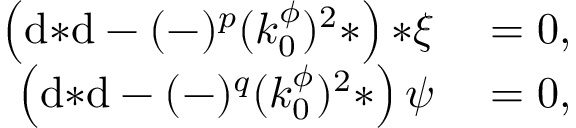
\begin{array} { r l } { \left( \mathrm { d } { * \mathrm { d } } - ( - ) ^ { p } ( k _ { 0 } ^ { \phi } ) ^ { 2 } * \right) { * \xi } } & { { } = 0 , } \\ { \left( \mathrm { d } { * \mathrm { d } } - ( - ) ^ { q } ( k _ { 0 } ^ { \phi } ) ^ { 2 } * \right) \psi } & { { } = 0 , } \end{array}